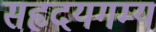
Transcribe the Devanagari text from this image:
सहृदयगम्य